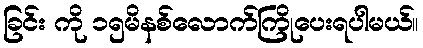
ခြင်း ကို ၁၅မိနစ်လောက်ကြိုပေးရပါမယ်။